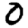
Digit: 0